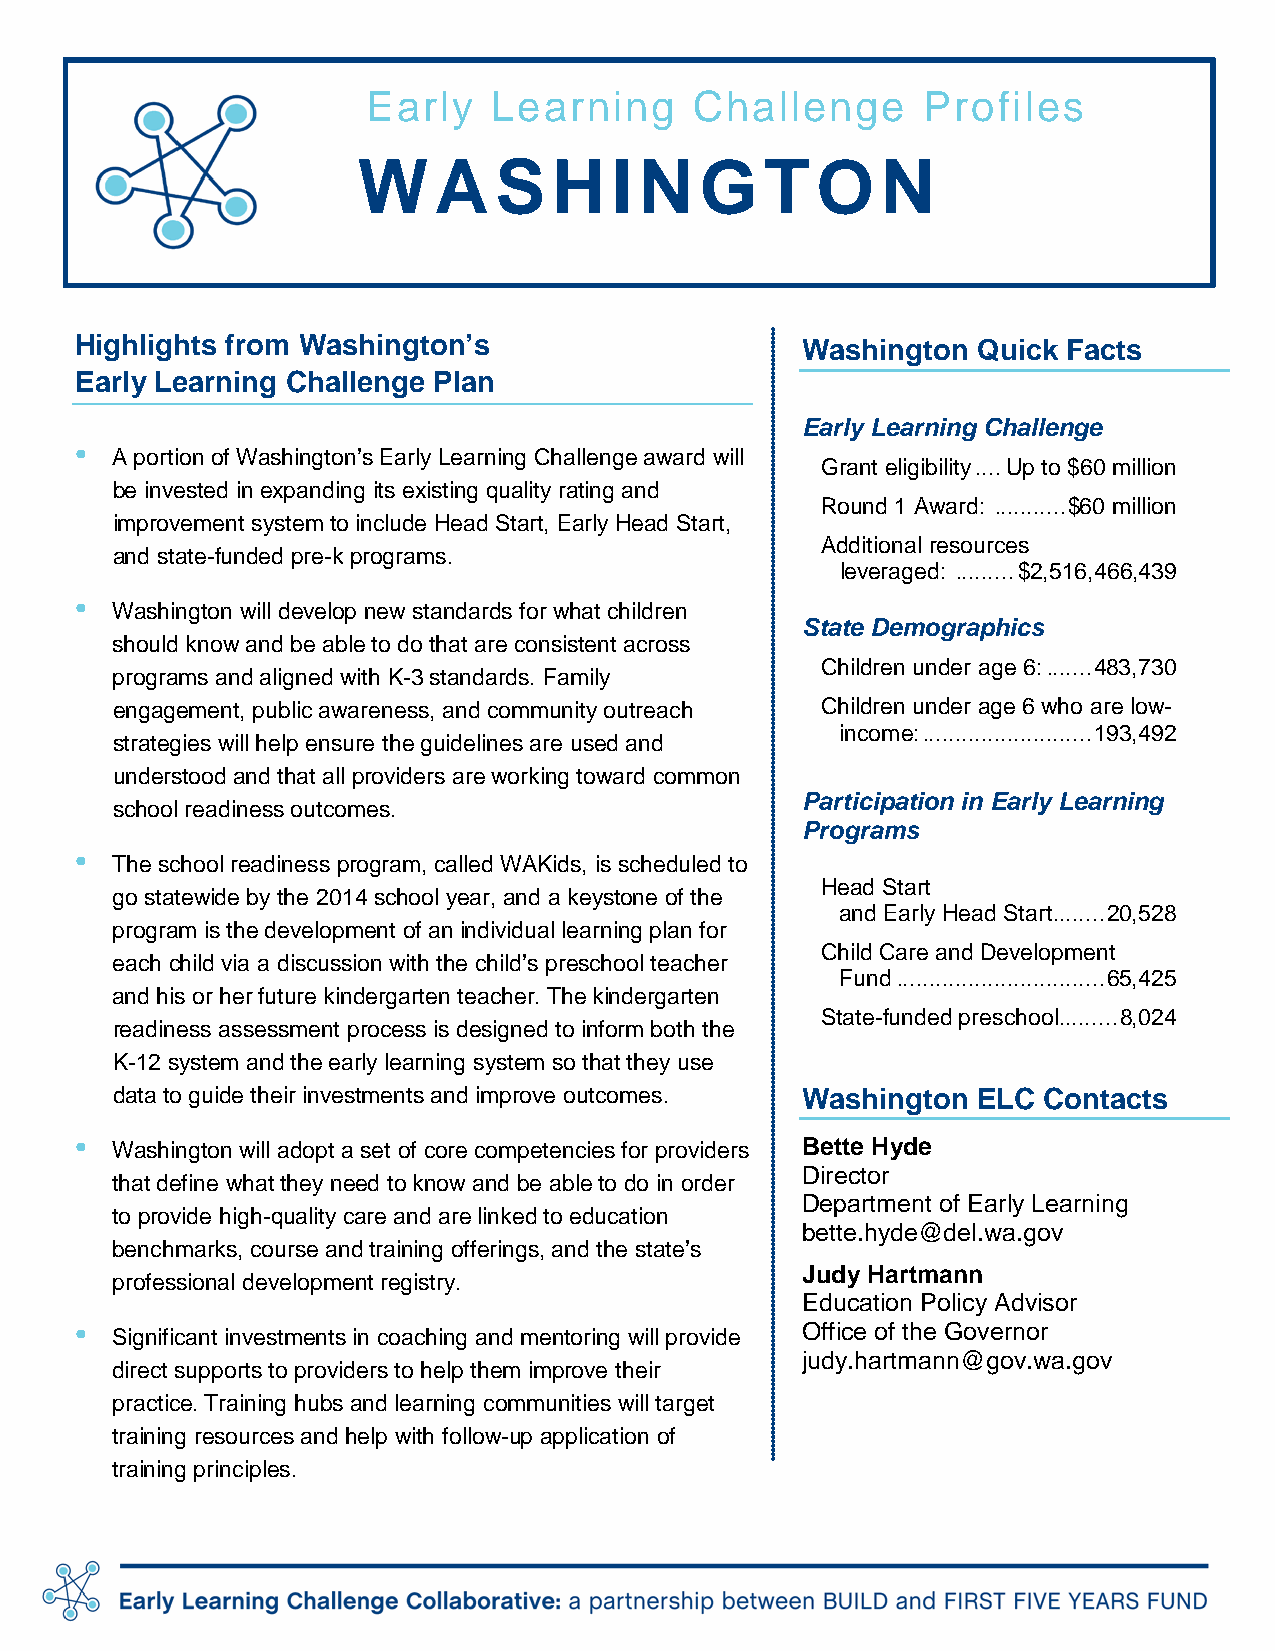
Early    Learning     Challenge      Profiles
 WA       SH      IN   GT      ON
 Highlights from Washington’s                    Washington  Quick Facts
 Early Learning Challenge Plan
 Early Learning Challenge
 •
 A portion of Washington’s Early Learning Challenge award will
 Grant eligibility .... Up to $60 million
 be invested in expanding its existing quality rating and
 Round 1 Award: ........... $60 million
 improvement system to include Head Start, Early Head Start,
 Additional resources
 and state-funded pre-k programs.
 leveraged: ......... $2,516,466,439
 •
 Washington will develop new standards for what children
 State Demographics
 should know and be able to do that are consistent across
 Children under age 6: ....... 483,730
 programs and aligned with K-3 standards. Family
 engagement, public awareness, and community outreach Children under age 6 who are low-
 income: .......................... 193,492
 strategies will help ensure the guidelines are used and
 understood and that all providers are working toward common
 Participation in Early Learning
 school readiness outcomes.
 Programs
 •
 The school readiness program, called WAKids, is scheduled to
 Head Start
 go statewide by the 2014 school year, and a keystone of the
 and Early Head Start ........ 20,528
 program is the development of an individual learning plan for
 Child Care and Development
 each child via a discussion with the child’s preschool teacher
 Fund ................................ 65,425
 and his or her future kindergarten teacher. The kindergarten
 State-funded preschool ......... 8,024
 readiness assessment process is designed to inform both the
 K-12 system and the early learning system so that they use
 data to guide their investments and improve outcomes. Washington ELC Contacts
 • Washington will adopt a set of core competencies for providers Bette Hyde
 Director
 that define what they need to know and be able to do in order
 Department of Early Learning
 to provide high-quality care and are linked to education
 bette.hyde@del.wa.gov
 benchmarks, course and training offerings, and the state’s
 Judy Hartmann
 professional development registry.
 Education Policy Advisor
 •                                               Office of the Governor
 Significant investments in coaching and mentoring will provide
 judy.hartmann@gov.wa.gov
 direct supports to providers to help them improve their
 practice. Training hubs and learning communities will target
 training resources and help with follow-up application of
 training principles.